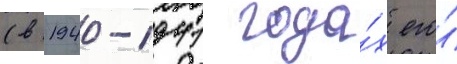
(в 1940-1941 года́х его́